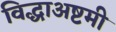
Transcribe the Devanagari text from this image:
विद्धाअष्टमी